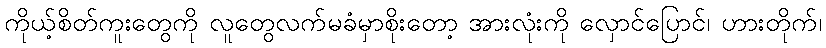
ကိုယ့်စိတ်ကူးတွေကို လူတွေလက်မခံမှာစိုးတော့ အားလုံးကို လှောင်ပြောင်၊ ဟားတိုက်၊